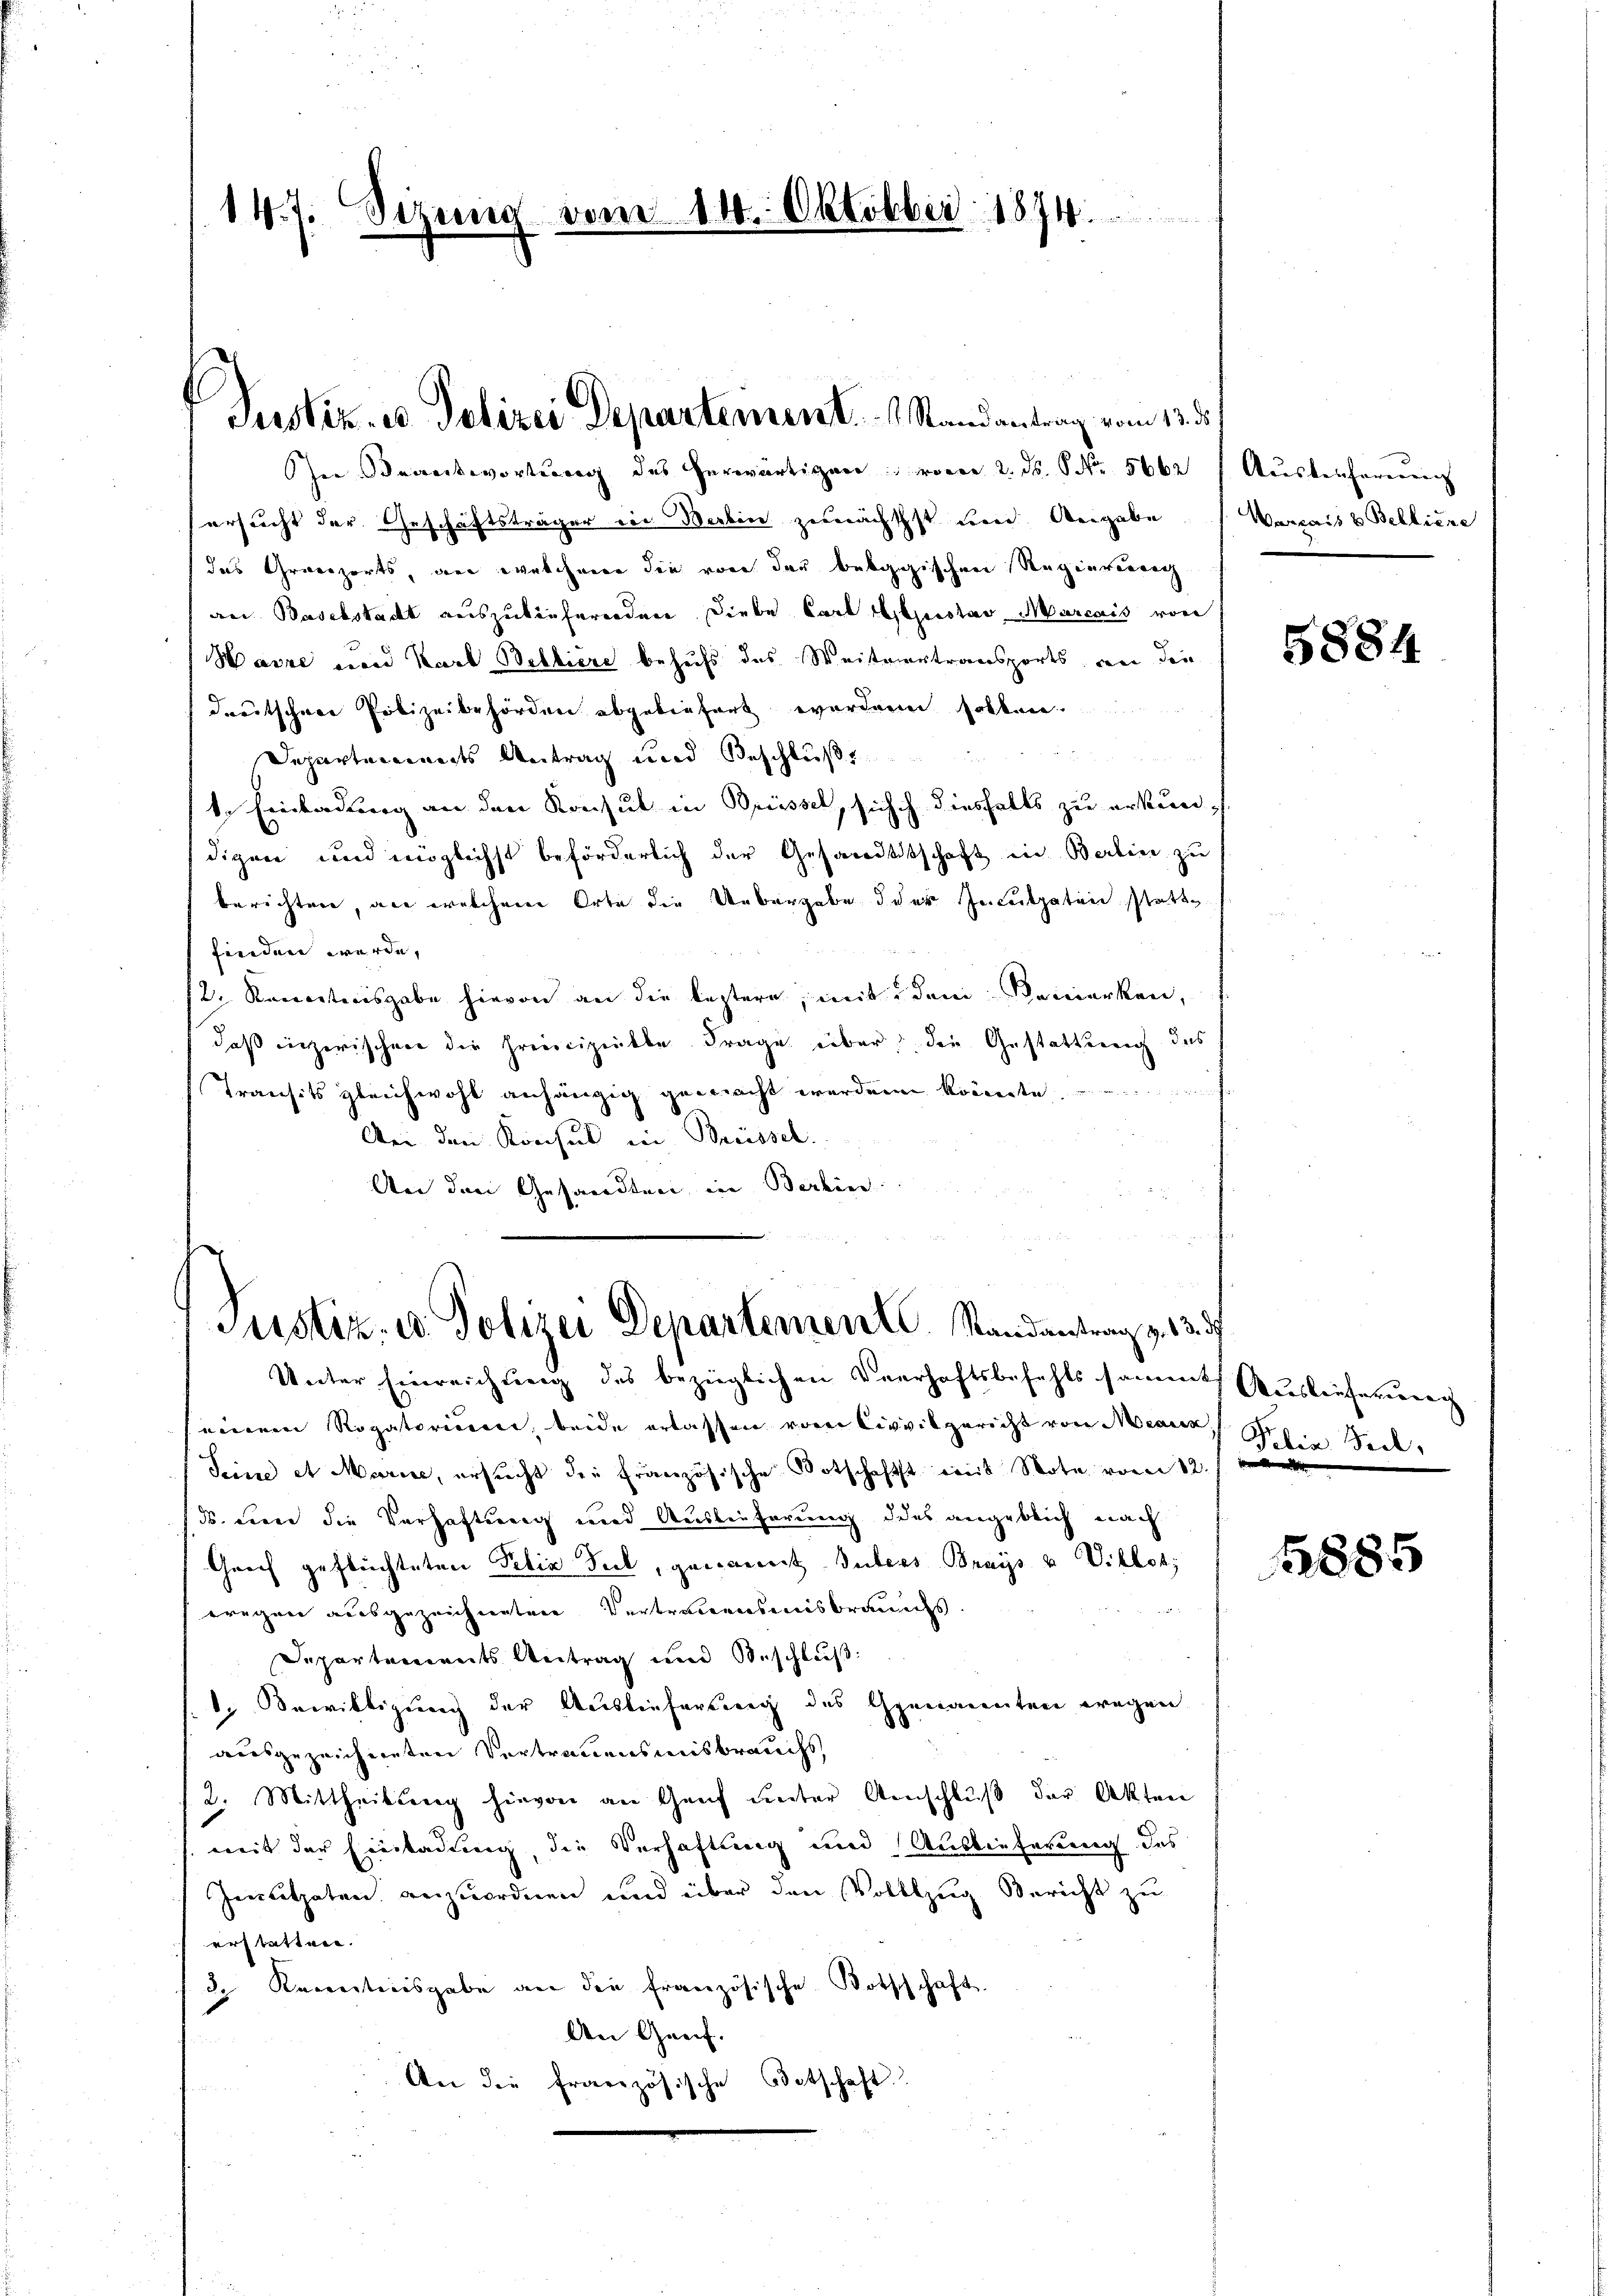
147. Sitzung vom 14. Oktober 1874.

Justiz- u Polizei Departement.   Randantrag vom 13. d.

her Beantwortung des herwärtigen vom 2. ds. S. Nr. 5662 / Ausbeschareng
ersucht der Geschäftsträger ein Berlin zunächschst und Angabe Verwais & Belliere
das Grovozorts, den welchere die von der bebggischen Regenvorrig
an Baselstadt auszulieferenden Diebe Carl Geistav Marcais von
Harze und Karl Belliere behufs das Weitvertransports an die
deutschen Polizeibehörden abgeliefert worden sollen
Departements Antrag und Beschluße
t. Einladung an den Konsul in Brüssel, sich diesfalls zu erkun-
digen und möglichst beförderlich der Gesandtschaft in Berlin zu
berichten, an welchem Orte die Uebergabe der Inculpaten statte
finden werde,
/2. Recepticisgabe hievon an die leztere, mit dem Bemerken,
daß einzerischen die Precipielte Frage über, die Gestattung des
Transits gleichwohl anhängig gemacht werden könnte
Bei den Konsul in Brüssel.
An den Gesandten, in Berlin

Justiz- u. Polizei Departement. Randantrag v. 13. ds

Unter Einreichung des bezüglichen Verhaftsbefehls sammt Auslieferung
einem Rogatorium, beide erlassen von Civilgericht von Mediz
Seine et Marie, ersucht die französische Botschaftst mit Note vom 12.
ds. den die Verhaftung und Auslieferung des angeblich nach
Graf geflüchteten Felix Teck, genannt Tubers Brays u Villet,
wregen ausgezeichneten Vertrauensmisbraunss.
Departements Antrag und Beschluß:
d. Bewilligung der Auslieferung des Gymnannten wegen
ausgezeichneten Vertrauensmisbrauchs,
2. Mittheilung hievon an Genf unter Anschlŭβ der Akten
mit der Einladung, die Verhaftung und Auslieferung des
Imitaten anzuordnen und über den Vollzug Bericht zu
erstatten.
3. Kenntnisgabe an die französische Botschschaft
An Genf.
An die französische Botschaft.

5884

Filia Pech,

1885